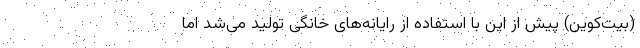
(بیت‌کوین) پیش از این با استفاده از رایانه‌های خانگی تولید می‌شد اما